Annual report of the Bengal Veterinary College and of the Civil Veterinary Department, Bengal, for the year 1899-1900 - 1899-1900
Year: 1899
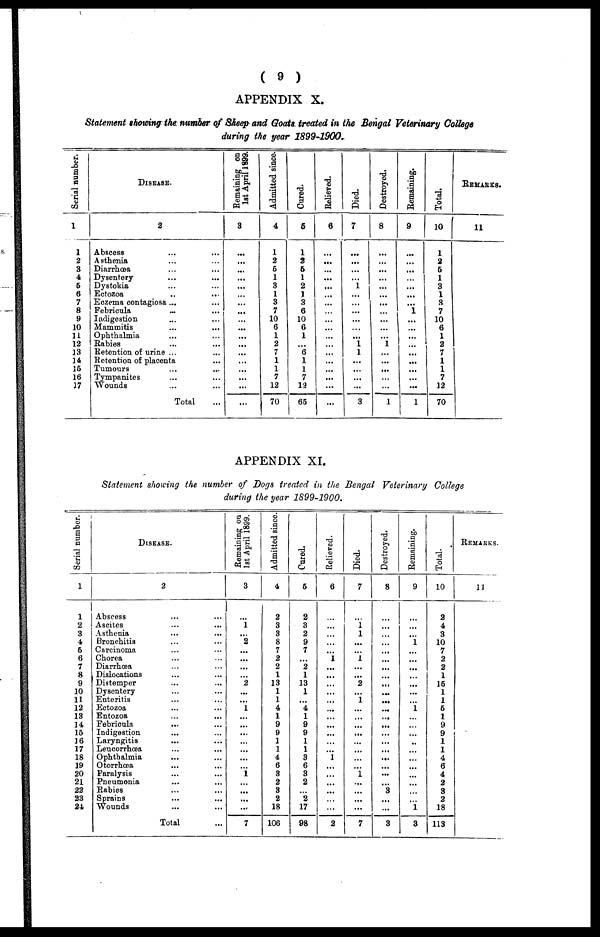
( 9 )
APPENDIX X.
Statement showing the number of Sheep and Goats treated in the Bengal Veterinary College
during the year 1899-1900.
Serial number.
1
1
2
3
4
5
6
7
3
9
10
11
12
13
14
15
16
17
Disease.
2
Abscess ... ...
Asthenia ... ...
Diarrhœa ... ...
Dysentery ... ...
Dystokia ... ...
Ectozoa ... ...
Eczema contagiosa ... ...
Febricula ... ...
Indigestion ... ...
Mammitis ... ...
Ophthalmia ... ...
Rabies ... ...
Retention of urine ... ...
Retention of placenta ...
Tumours ... ...
Tympanites ... ...
Wounds ... ...
Total ...
Remaining on
1st April 1899.
3
...
...
...
...
...
...
...
...
...
...
...
...
...
...
...
...
...
...
Admitted since.
4
1
2
5
1
3
1
3
7
10
6
1
2
7
1
1
7
12
70
Cured.
5
1
2
5
1
2
1
3
6
10
6
1
...
6
1
1
7
13
65
Relieved.
6
...
...
...
...
...
...
...
...
...
...
...
...
...
...
...
...
...
...
Died.
7
...
...
...
...
1
...
...
...
...
...
...
1
1
...
...
...
...
3
Destroyed.
8
...
...
...
...
...
...
...
...
...
...
...
i
...
...
...
...
...
1
Remaining.
9
...
...
...
...
...
...
...
1
...
...
...
...
...
...
...
...
...
1
Total.
10
1
2
5
1
3
1
3
7
10
6
1
2
7
1
1
7
12
70
Remarks.
11
APPENDIX XI.
Statement showing the number of Dogs treated in the Bengal Veterinary College
during the year 1899-1900.
Serial number.
1
1
2
3
4
5
6
7
8
9
10
11
12
13
14
15
16
17
18
19
20
21
22
23
24
Disease.
2
Abscess ... ...
Ascites ... ...
Asthenia ... ...
Bronchitis ... ...
Carcinoma ... ...
Chorea ... ...
Diarrhœa ... ...
Dislocations ... ...
Distemper
Dysentery ... ...
Enteritis ... ...
Ectozoa ... ...
Entozoa ... ...
Febricula ... ...
Indigestion ... ...
Laryngitis ... ...
Leucorrhœa ... ...
Ophthalmia ... ...
Otorrhœa ... ...
Paralysis ... ...
Pneumonia ... ...
Rabies ... ...
Sprains ... ...
Wounds ... ...
Total ...
Remaining on
1st April 1899.
3
...
1
...
2
...
...
...
...
2
...
...
1
...
...
...
...
...
...
...
1
...
...
...
...
7
Admitted since.
4
2
3
3
8
7
2
2
1
13
1
1
4
1
9
9
1
1
4
6
3
2
3
2
18
106
Cured.
5
2
3
2
9
7
...
2
1
13
1
...
4
1
9
9
1
1
3
6
3
2
...
2
17
98
Relieved.
6
...
...
...
...
...
1
...
...
...
...
...
...
...
...
...
...
...
1
...
...
...
...
...
...
2
Died.
7
...
1
1
...
...
1
...
...
2
...
1
...
...
...
...
...
...
...
...
1
...
...
...
...
7
Destroyed.
8
...
...
...
...
...
...
...
...
...
...
...
...
...
...
...
...
...
...
...
...
...
3
...
...
3
Remaining.
9
...
...
...
1
...
...
...
...
...
...
...
1
...
...
...
...
...
...
...
...
...
...
...
1
3
Total.
10
2
4
3
10
7
2
2
1
15
1
1
5
1
9
9
1
1
4
6
4
2
3
2
18
113
Remarks.
11